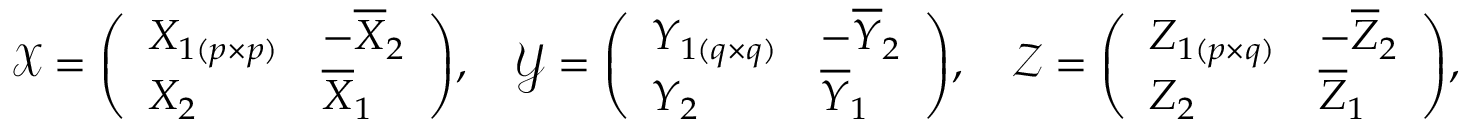
{ \mathcal { X } } = { \left( \begin{array} { l l } { X _ { 1 ( p \times p ) } } & { - { \overline { { X } } } _ { 2 } } \\ { X _ { 2 } } & { { \overline { { X } } } _ { 1 } } \end{array} \right) } , \quad { \mathcal { Y } } = { \left( \begin{array} { l l } { Y _ { 1 ( q \times q ) } } & { - { \overline { { Y } } } _ { 2 } } \\ { Y _ { 2 } } & { { \overline { { Y } } } _ { 1 } } \end{array} \right) } , \quad { \mathcal { Z } } = { \left( \begin{array} { l l } { Z _ { 1 ( p \times q ) } } & { - { \overline { { Z } } } _ { 2 } } \\ { Z _ { 2 } } & { { \overline { { Z } } } _ { 1 } } \end{array} \right) } ,